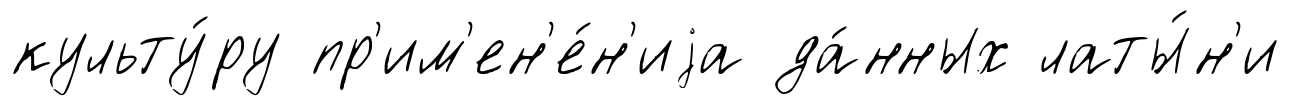
культу́ру пр'им'ен'е́н'иjа да́нных латы́н'и